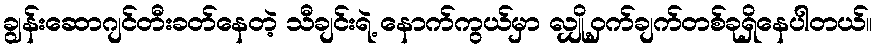
ချွန်းဆောဂျင်တီးခတ်နေတဲ့ သီချင်းရဲ့ နောက်ကွယ်မှာ လျှို့ဝှက်ချက်တစ်ခုရှိနေပါတယ်။